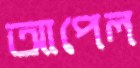
আপেল